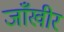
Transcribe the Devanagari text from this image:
जाँखीर